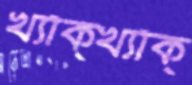
খ্যাঁক্‌খ্যাঁক্‌